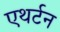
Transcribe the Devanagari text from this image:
एथर्टन